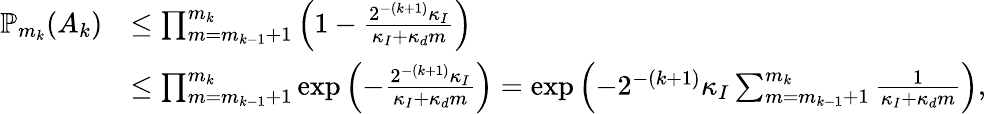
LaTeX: \begin{array}{rl}{\mathbb P_{m_{k}}(A_{k})}&{\le\prod_{m=m_{k-1}+1}^{m_{k}}\left(1-\frac{2^{-(k+1)}\kappa_{I}}{\kappa_{I}+\kappa_{d}m}\right)}\\ &{\le\prod_{m=m_{k-1}+1}^{m_{k}}\exp\left(-\frac{2^{-(k+1)}\kappa_{I}}{\kappa_{I}+\kappa_{d}m}\right)=\exp\left(-2^{-(k+1)}\kappa_{I}\sum_{m=m_{k-1}+1}^{m_{k}}\frac{1}{\kappa_{I}+\kappa_{d}m}\right),}\end{array}